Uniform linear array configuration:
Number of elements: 48
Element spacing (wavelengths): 0.25
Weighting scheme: kaiser
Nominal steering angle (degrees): -45
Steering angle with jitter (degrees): -44.159
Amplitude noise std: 0.05
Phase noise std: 0.05

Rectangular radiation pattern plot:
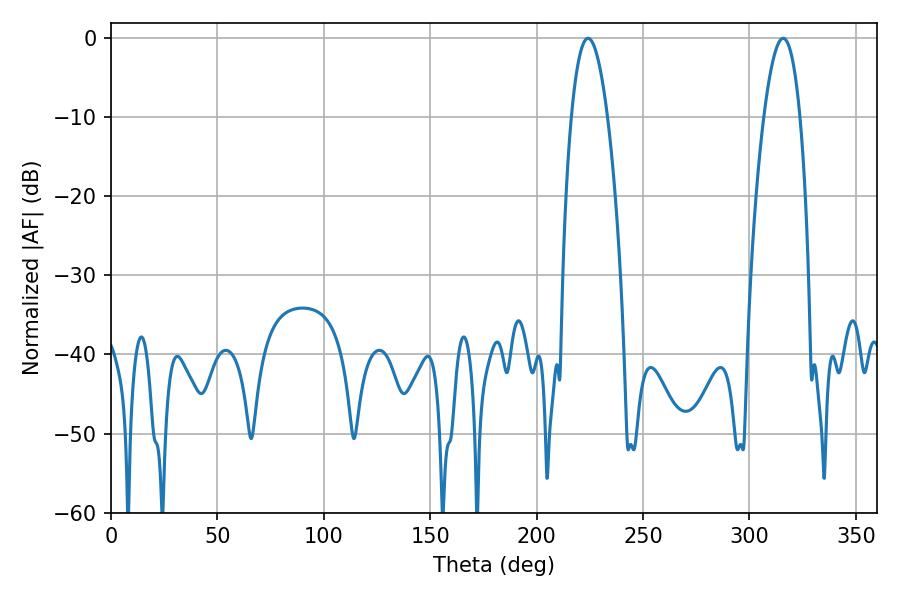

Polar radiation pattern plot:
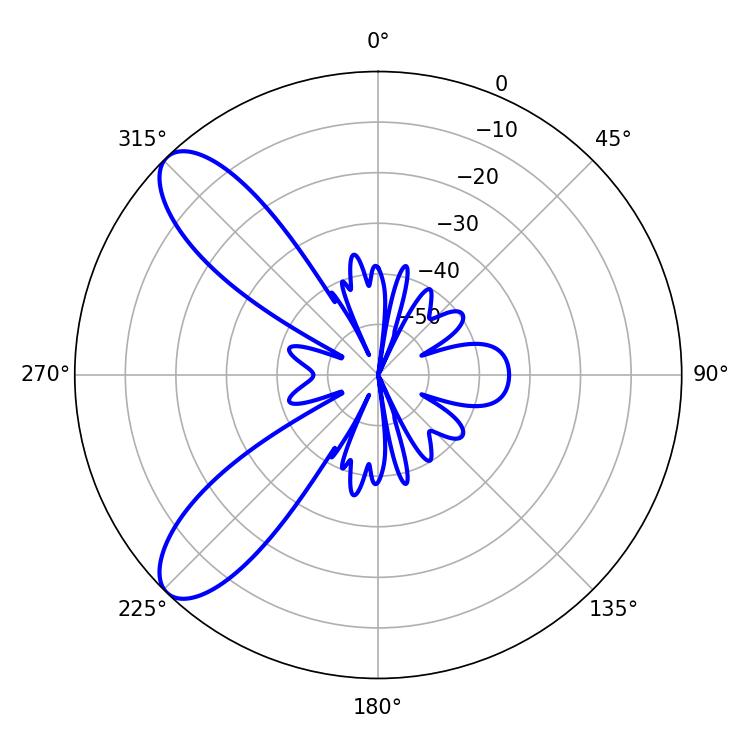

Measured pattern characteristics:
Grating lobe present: FALSE
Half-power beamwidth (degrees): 9.36
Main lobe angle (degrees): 224.1